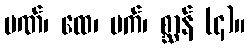
ပဏ်၊ ထေ၊ ပက်၊ စ္ဆာန် (၄)။